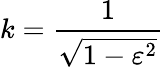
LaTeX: k={\frac{1}{\sqrt{1-\varepsilon^{2}}}}